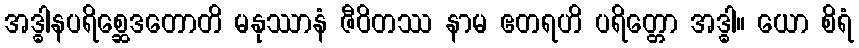
အဒ္ဓါနပရိစ္ဆေဒတောတိ မနုဿာနံ ဇီဝိတဿ နာမ ဧတရဟိ ပရိတ္တော အဒ္ဓါ။ ယော စိရံ